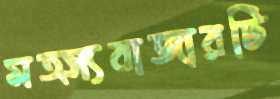
মত্স্যবাজারটি